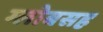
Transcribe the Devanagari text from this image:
ग्लोबसह